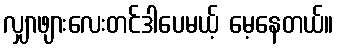
လျှာဖျားလေးတင်ဒါပေမယ့် မေ့နေတယ်။